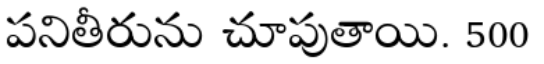
పనితీరును చూపుతాయి. 500